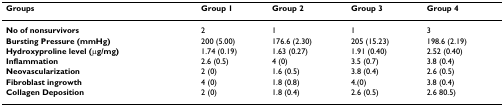
<table><thead><tr><td><b>Groups</b></td><td><b>Group 1</b></td><td><b>Group 2</b></td><td><b>Group 3</b></td><td><b>Group 4</b></td></tr></thead><tbody><tr><td><b>No of nonsurvivors</b></td><td>2</td><td>1</td><td>1</td><td>3</td></tr><tr><td><b>Bursting Pressure (mmHg)</b></td><td>200 (5.00)</td><td>176.6 (2.30)</td><td>205 (15.23)</td><td>198.6 (2.19)</td></tr><tr><td><b>Hydroxyproline level (μg/mg)</b></td><td>1.74 (0.19)</td><td>1.63 (0.27)</td><td>1.91 (0.40)</td><td>2.52 (0.40)</td></tr><tr><td><b>Inflammation</b></td><td>2.6 (0.5)</td><td>4 (0)</td><td>3.5 (0.7)</td><td>3.8 (0.4)</td></tr><tr><td><b>Neovascularization</b></td><td>2 (0)</td><td>1.6 (0.5)</td><td>3.8 (0.4)</td><td>2.6 (0.5)</td></tr><tr><td><b>Fibroblast ingrowth</b></td><td>4 (0)</td><td>1.8 (0.8)</td><td>4.(0)</td><td>3.8 (0.4)</td></tr><tr><td><b>Collagen Deposition</b></td><td>2 (0)</td><td>1.8 (0.4)</td><td>2.6 (0.5)</td><td>2.6 80.5)</td></tr></tbody></table>